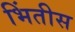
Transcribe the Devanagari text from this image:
भिंतीस